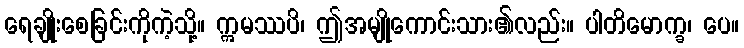
ရေချိုးစေခြင်းကိုကဲ့သို့။ ဣမဿပိ၊ ဤအမျိုကောင်းသား၏လည်း။ ပါတိမောက္ခ၊ ပေ။